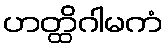
ဟတ္ထိဂါမကံ